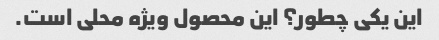
این یکی چطور؟ این محصول ویژه محلی است.